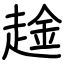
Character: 趛